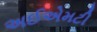
અઈએમટી